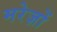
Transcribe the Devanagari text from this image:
मरेज़ों